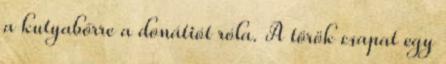
a kutyabőrre a donátiót róla. A török csapat egy